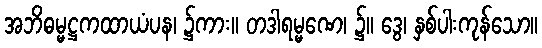
အဘိဓမ္မဋ္ဌကထာယံပန၊ ၌ကား။ တဒါရမ္မဏေ၊ ၌။ ဒွေ၊ နှစ်ပါးကုန်သော။